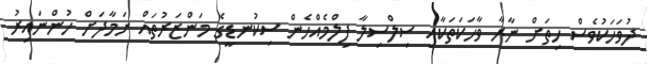
ދުވަހަކުވެސް ހިތަށް ނާރާ ވާހަކަތަކާއި ސިލްސިލާ ފިލްމެއްހެން ސިކުނޑީގެ މަންޒަރުތައް ނަމާދަށް ހުންނައިރު